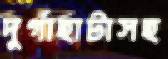
দুর্গাহাটাসহ